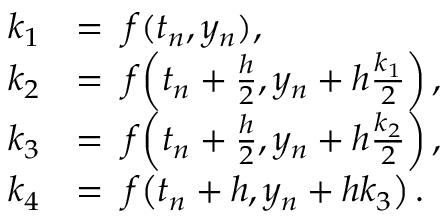
{ \begin{array} { r l } { k _ { 1 } } & { = \ f ( t _ { n } , y _ { n } ) , } \\ { k _ { 2 } } & { = \ f \! \left( t _ { n } + { \frac { h } { 2 } } , y _ { n } + h { \frac { k _ { 1 } } { 2 } } \right) , } \\ { k _ { 3 } } & { = \ f \! \left( t _ { n } + { \frac { h } { 2 } } , y _ { n } + h { \frac { k _ { 2 } } { 2 } } \right) , } \\ { k _ { 4 } } & { = \ f \! \left( t _ { n } + h , y _ { n } + h k _ { 3 } \right) . } \end{array} }